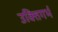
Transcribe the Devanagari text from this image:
उक्तिगर्भ